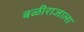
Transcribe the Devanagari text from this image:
बळीराजाला